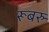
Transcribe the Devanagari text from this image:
रूबरु